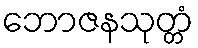
ဘောဇနသုတ္တံ